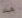
هذه